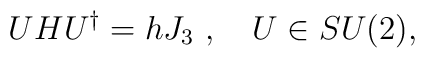
UHU^\dagger =  h J_3\ , \quad   U \in SU(2),